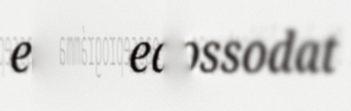
ealáhusossodat